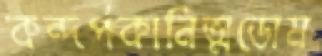
কন্দর্পকানিত্মডোম